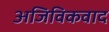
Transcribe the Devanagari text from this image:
अजिविकवाद